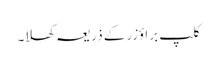
کلپ براؤزر کے ذریعہ کھلا۔